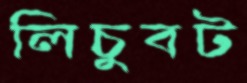
লিচুবট